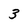
Character: 3